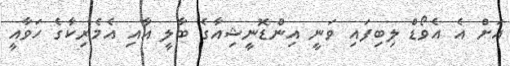
އަށް އެ އެވޯޑް ލިބިފައި ވަނީ އިންޑޮނީޝިއާގެ ބާލީ އާއި އެމެރިކާގެ ހަވާއީ